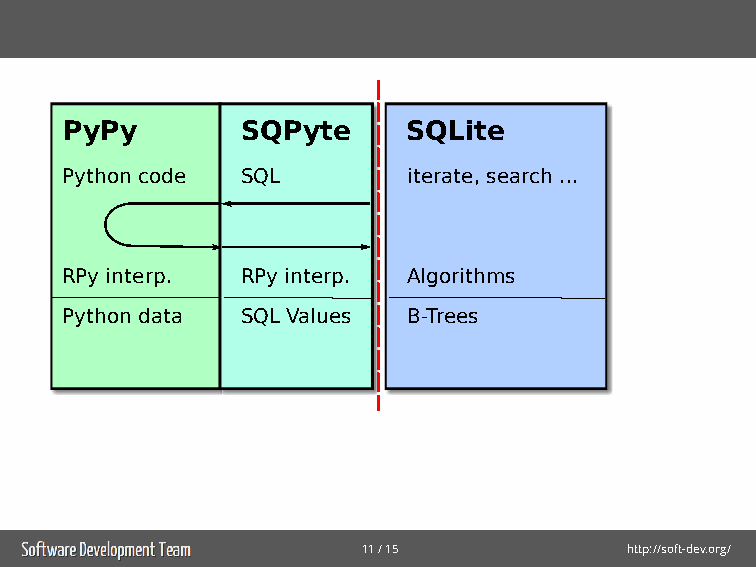
PyPy        SSQQLPiyttee SQLite
 Python code SSQQLL     iiittteeerrraaattteee,,, ssseeeaaarrrccchhh .........
 ???
 RRPPyy iinntteerrpp.. RCP iny tienrtpe.rp. AAAlllgggooorrriiittthhhmmmsss
 Python data SSQQLL VVaalluueess BBB---TTTrrreeeeeesss
 11/15            http://soft-dev.org/